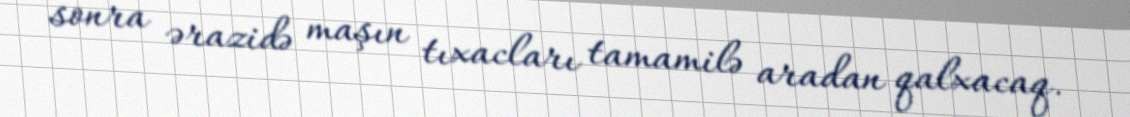
sonra ərazidə maşın tıxacları tamamilə aradan qalxacaq.